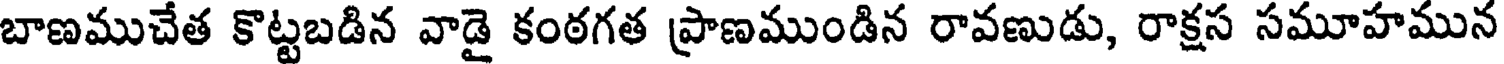
బాణముచేత కొట్టబడిన వాడై కంఠగత ప్రాణముండిన రావణుడు, రాక్షస సమూహమున